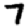
Digit: 7